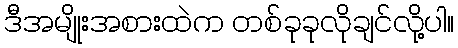
ဒီအမျိုးအစားထဲက တစ်ခုခုလိုချင်လို့ပါ။